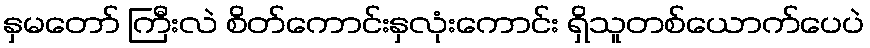
နှမတော် ကြီးလဲ စိတ်ကောင်းနှလုံးကောင်း ရှိသူတစ်ယောက်ပေပဲ